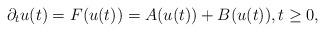
LaTeX: \begin{align*} \partial_t u(t) = F(u(t)) = A(u(t)) + B(u(t)), t \geq 0, \end{align*}